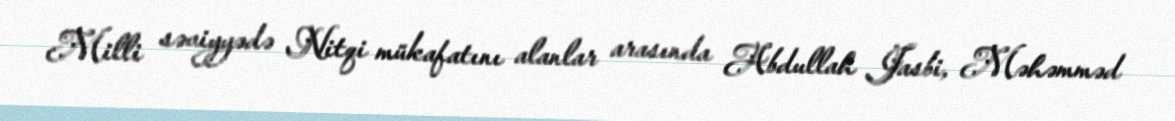
Milli səviyyədə Nitqi mükafatını alanlar arasında Abdullah Jasbi, Məhəmməd